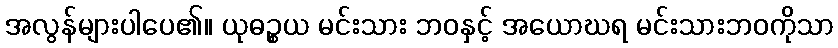
အလွန်များပါပေ၏။ ယုဓဉ္စယ မင်းသား ဘဝနှင့် အယောဃရ မင်းသားဘဝကိုသာ